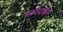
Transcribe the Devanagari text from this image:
मार्गदर्षन